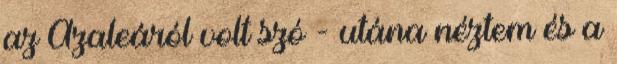
az Azaleáról volt szó - utána néztem és a